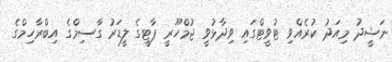
ނަޝީދު މިއަދު ކުރެއްވި ޓުވީޓްގައި ވިދާޅުވީ ޖުމްހޫރީ ޕާޓީގެ ލީޑަރު ގާސިމްގެ އިބްރާހިމްގެ